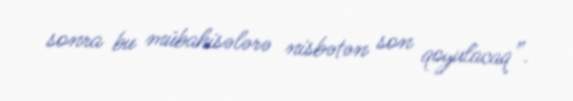
sonra bu mübahisələrə nisbətən son qoyulacaq”.